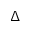
\Delta